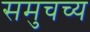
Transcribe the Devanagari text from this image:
समुचच्य